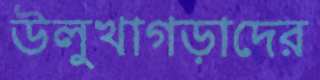
উলুখাগড়াদের